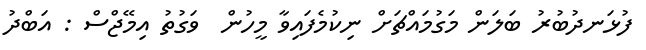
ފުޅަނދުބުރު ބަލަން މަގުމައްޗަށް ނިކުމެފައިވާ މީހުން  ވަގުތު އިމޭޖްސް : އަބްދު